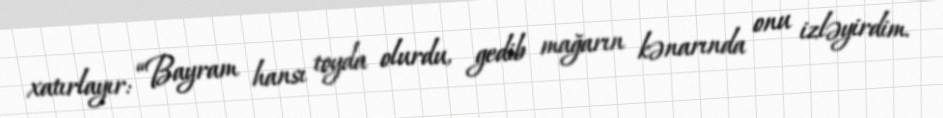
xatırlayır: “Bayram hansı toyda olurdu, gedib mağarın kənarında onu izləyirdim.